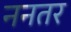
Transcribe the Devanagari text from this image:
ननतर